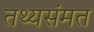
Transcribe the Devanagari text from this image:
तथ्यसंमत